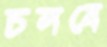
চলবে